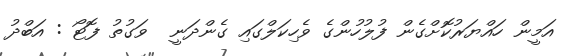
އަމީން ހައްޔަރުކޮށްގެން ފުލުހުންގެ ވެހިކަލްގައި ގެންދަނީ  ވަގުތު ފޮޓޯ : އަބްދު